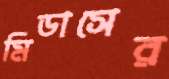
মিডাসের